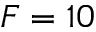
F = 1 0